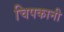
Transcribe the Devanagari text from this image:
चिपकानी